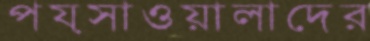
পয়সাওয়ালাদের